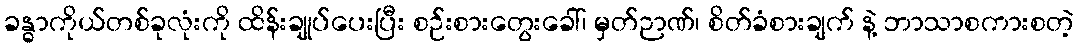
ခန္ဓာကိုယ်တစ်ခုလုံးကို ထိန်းချုပ်ပေးပြီး စဉ်းစားတွေးခေါ်၊ မှတ်ဉာဏ်၊ စိတ်ခံစားချက် နဲ့ ဘာသာစကားစတဲ့